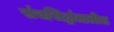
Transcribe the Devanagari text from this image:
संचसिद्धांतातील